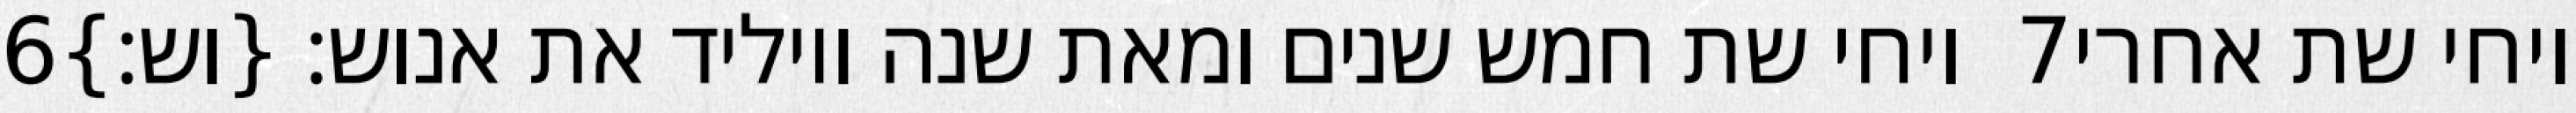
‎6‏ ויחי שת חמש שנים ומאת שנה ויוליד את אנוש׃ {וש׃} ‎7‏ ויחי שת אחרי